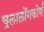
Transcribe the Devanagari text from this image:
चुलालोंगकोर्ण